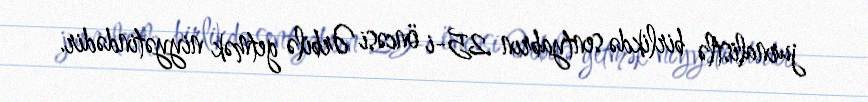
jurnalistlə birlikdə sentyabrın 25-i öncəsi Ərbilə getmək niyyətindədir.